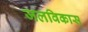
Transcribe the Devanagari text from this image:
जलविकास